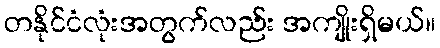
တနိုင်ငံလုံးအတွက်လည်း အကျိုးရှိမယ်။